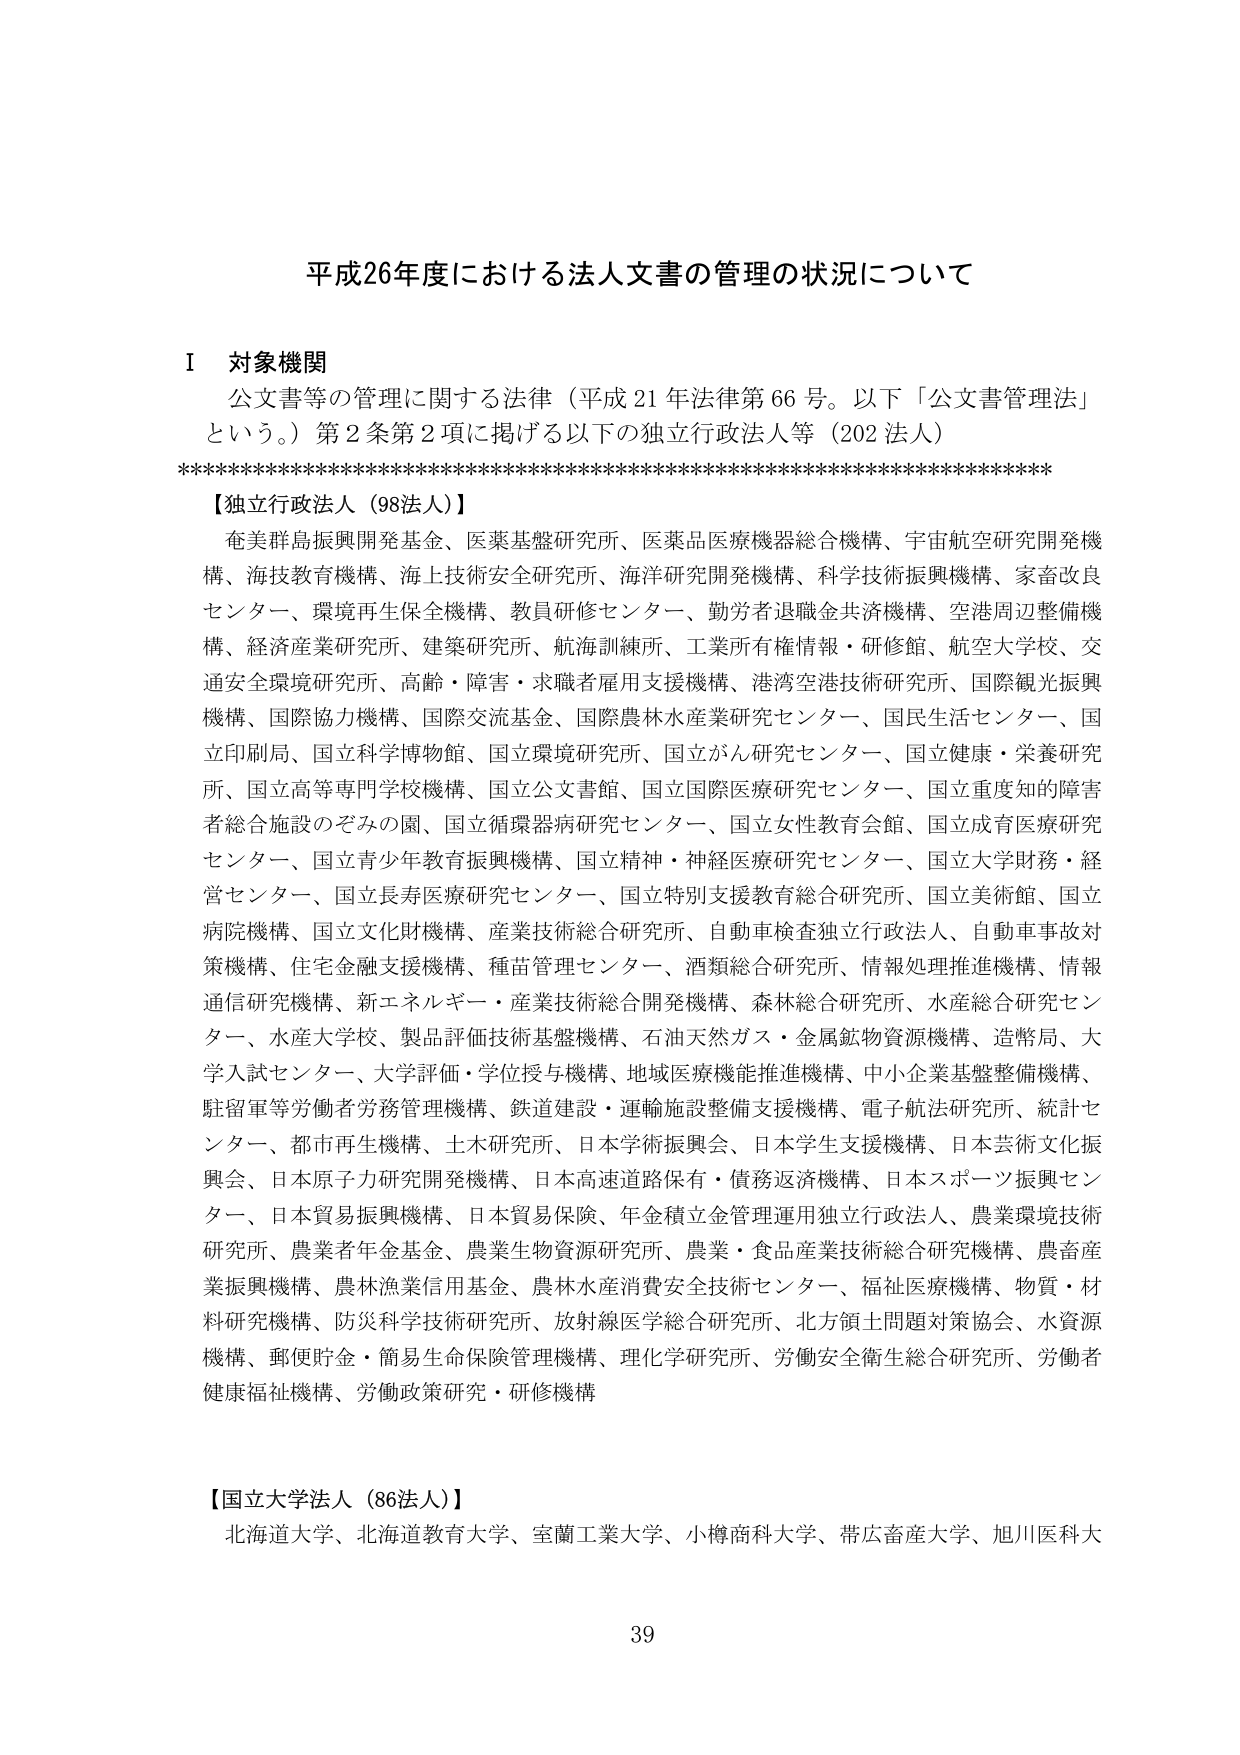
平成26年度における法人文書の管理の状況について

Ⅰ 対象機関
公文書等の管理に関する法律（平成21年法律第66号。以下「公文書管理法」という。）第2条第2項に掲げる以下の独立行政法人等（202法人）
**********************************************************************
【独立行政法人（98法人）】
奄美群島振興開発基金、医薬基盤研究所、医薬品医療機器総合機構、宇宙航空研究開発機構、海技教育機構、海上技術安全研究所、海洋研究開発機構、科学技術振興機構、家畜改良センター、環境再生保全機構、教員研修センター、勤労者退職金共済機構、空港周辺整備機構、経済産業研究所、建築研究所、航海訓練所、工業所有権情報・研修館、航空大学校、交通安全環境研究所、高齢・障害・求職者雇用支援機構、港湾空港技術研究所、国際観光振興機構、国際協力機構、国際交流基金、国際農林水産業研究センター、国民生活センター、国立印刷局、国立科学博物館、国立環境研究所、国立がん研究センター、国立健康・栄養研究所、国立高等専門学校機構、国立公文書館、国立国際医療研究センター、国立重度知的障害者総合施設のぞみの園、国立循環器病研究センター、国立女性教育会館、国立成育医療研究センター、国立青少年教育振興機構、国立精神・神経医療研究センター、国立大学財務・経営センター、国立長寿医療研究センター、国立特別支援教育総合研究所、国立美術館、国立病院機構、国立文化財機構、産業技術総合研究所、自動車検査独立行政法人、自動車事故対策機構、住宅金融支援機構、種苗管理センター、酒類総合研究所、情報処理推進機構、情報通信研究機構、新エネルギー・産業技術総合開発機構、森林総合研究所、水産総合研究センター、水産大学校、製品評価技術基盤機構、石油天然ガス・金属鉱物資源機構、造幣局、大学入試センター、大学評価・学位授与機構、地域医療機能推進機構、中小企業基盤整備機構、駐留軍等労働者労務管理機構、鉄道建設・運輸施設整備支援機構、電子航法研究所、統計センター、都市再生機構、土木研究所、日本学術振興会、日本学生支援機構、日本芸術文化振興会、日本原子力研究開発機構、日本高速道路保有・債務返済機構、日本スポーツ振興センター、日本貿易振興機構、日本貿易保険、年金積立金管理運用独立行政法人、農業環境技術研究所、農業者年金基金、農業生物資源研究所、農業・食品産業技術総合研究機構、農畜産業振興機構、農林漁業信用基金、農林水産消費安全技術センター、福祉医療機構、物質・材料研究機構、防災科学技術研究所、放射線医学総合研究所、北方領土問題対策協会、水資源機構、郵便貯金・簡易生命保険管理機構、理化学研究所、労働安全衛生総合研究所、労働者健康福祉機構、労働政策研究・研修機構

【国立大学法人（86法人）】
北海道大学、北海道教育大学、室蘭工業大学、小樽商科大学、帯広畜産大学、旭川医科大

39